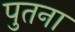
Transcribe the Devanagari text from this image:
पुतना